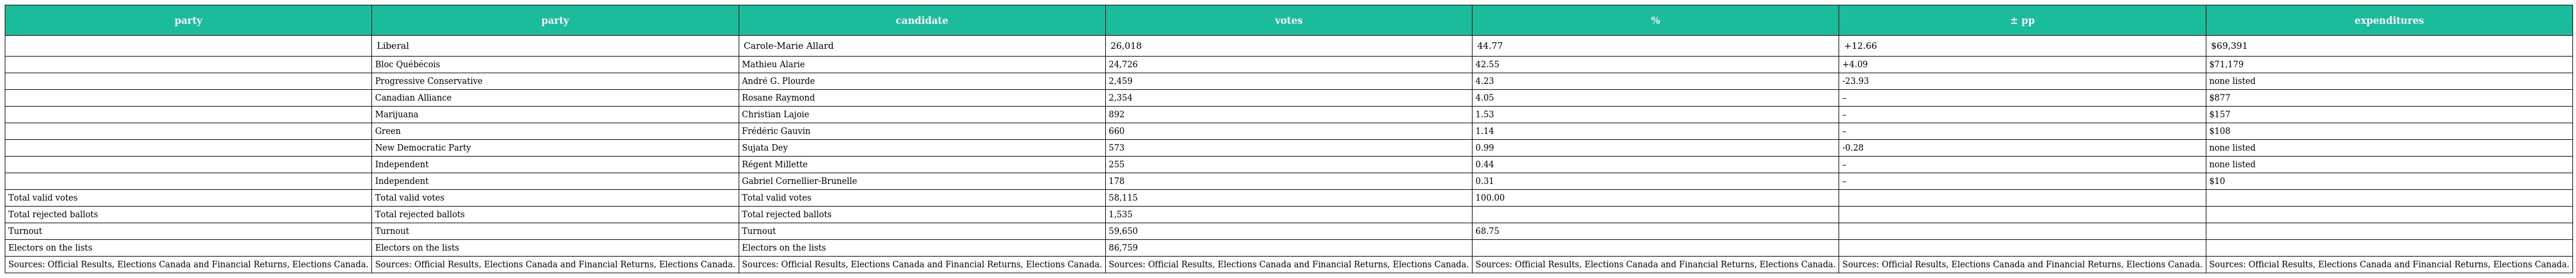
| party | party | candidate | votes | % | ± pp | expenditures |
 | --- | --- | --- | --- | --- | --- | --- |
 |  | Liberal | Carole-Marie Allard | 26,018 | 44.77 | +12.66 | $69,391 |
 |  | Bloc Québécois | Mathieu Alarie | 24,726 | 42.55 | +4.09 | $71,179 |
 |  | Progressive Conservative | André G. Plourde | 2,459 | 4.23 | -23.93 | none listed |
 |  | Canadian Alliance | Rosane Raymond | 2,354 | 4.05 | – | $877 |
 |  | Marijuana | Christian Lajoie | 892 | 1.53 | – | $157 |
 |  | Green | Frédéric Gauvin | 660 | 1.14 | – | $108 |
 |  | New Democratic Party | Sujata Dey | 573 | 0.99 | -0.28 | none listed |
 |  | Independent | Régent Millette | 255 | 0.44 | – | none listed |
 |  | Independent | Gabriel Cornellier-Brunelle | 178 | 0.31 | – | $10 |
 | Total valid votes | Total valid votes | Total valid votes | 58,115 | 100.00 |  |  |
 | Total rejected ballots | Total rejected ballots | Total rejected ballots | 1,535 |  |  |  |
 | Turnout | Turnout | Turnout | 59,650 | 68.75 |  |  |
 | Electors on the lists | Electors on the lists | Electors on the lists | 86,759 |  |  |  |
 | Sources: Official Results, Elections Canada and Financial Returns, Elections Canada. | Sources: Official Results, Elections Canada and Financial Returns, Elections Canada. | Sources: Official Results, Elections Canada and Financial Returns, Elections Canada. | Sources: Official Results, Elections Canada and Financial Returns, Elections Canada. | Sources: Official Results, Elections Canada and Financial Returns, Elections Canada. | Sources: Official Results, Elections Canada and Financial Returns, Elections Canada. | Sources: Official Results, Elections Canada and Financial Returns, Elections Canada. |